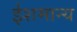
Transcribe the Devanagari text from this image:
ईशमान्य